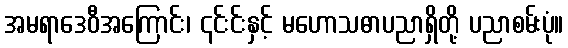
အမရာဒေဝီအကြောင်း၊ ၎င်းင်းနှင့် မဟောသဓာပညာရှိတို့ ပညာစမ်းပုံ။